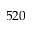
5 2 0